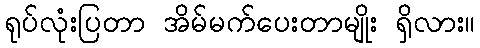
ရုပ်လုံးပြတာ အိမ်မက်ပေးတာမျိုး ရှိလား။